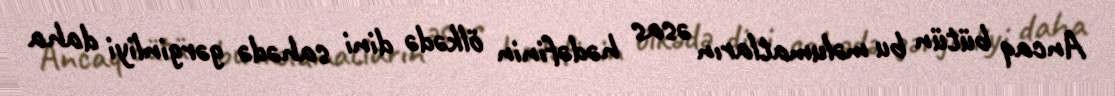
Ancaq bütün bu məlumatların əsas hədəfinin ölkədə dini sahədə gərginliyi daha